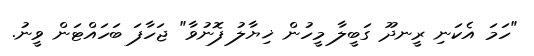
"ހަމަ އެކަނި ރީނދޫ ގަބީލާ މީހުން ޚިޔާލު ފޮނުވާ" ޖަހާފަ ބަހައްޓަން ވީނު.